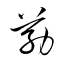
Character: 筋